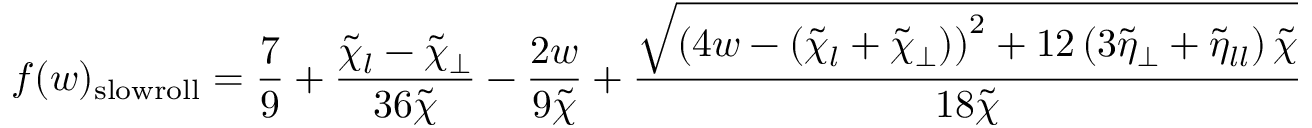
f ( w ) _ { \mathrm { s l o w r o l l } } = \frac { 7 } { 9 } + \frac { \tilde { \chi } _ { l } - \tilde { \chi } _ { \perp } } { 3 6 \tilde { \chi } } - \frac { 2 w } { 9 \tilde { \chi } } + \frac { \sqrt { \left( 4 w - ( \tilde { \chi } _ { l } + \tilde { \chi } _ { \perp } ) \right) ^ { 2 } + 1 2 \left( 3 \tilde { \eta } _ { \perp } + \tilde { \eta } _ { l l } \right) \tilde { \chi } } } { 1 8 \tilde { \chi } }